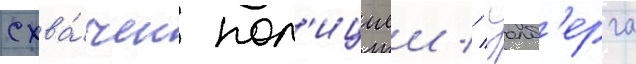
схва́чен пол'ициеи // Уолб'ерга